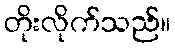
တိုးလိုက်သည်။